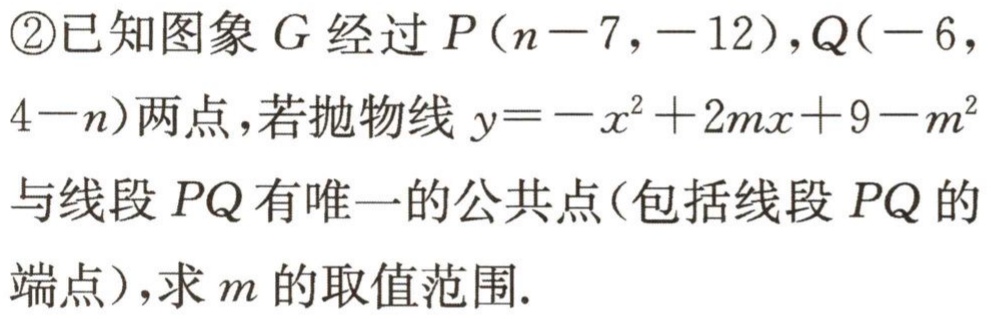
\textcircled{2}已知图象\(G\)经过\(P(n - 7,-12)\)，\(Q(-6,4 - n)\)两点，若抛物线\(y=-x^{2}+2mx + 9 - m^{2}\)与线段\(PQ\)有唯一的公共点（包括线段\(PQ\)的端点），求\(m\)的取值范围.